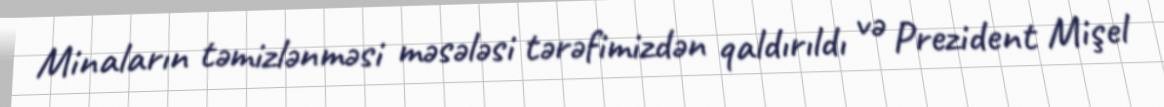
Minaların təmizlənməsi məsələsi tərəfimizdən qaldırıldı və Prezident Mişel